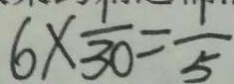
6 \times \frac { 1 } { 3 0 } = \frac { 1 } { 5 }